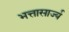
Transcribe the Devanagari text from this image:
भत्तासार्ज्य